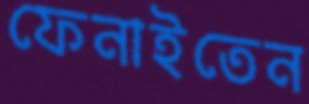
ফেনাইতেন